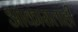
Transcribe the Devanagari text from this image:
आकारालाही